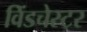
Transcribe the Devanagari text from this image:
विंडचेस्टर